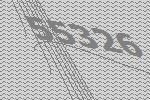
55326